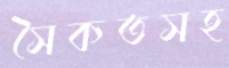
সৈকতসহ